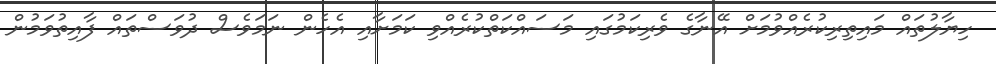
ހިޔާލުތައް މައިތިރިކުރެއްވުމަށް އޭނާގެ ވެރިކަމުގައި މަސައްކަތްކުރެއްވި ކަމަށާއި އެހެން ނަމަވެސް ދުވަސްތައް ފާއިތުވަމުން